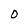
Character: U